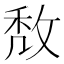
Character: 𢽈